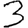
Digit: 3